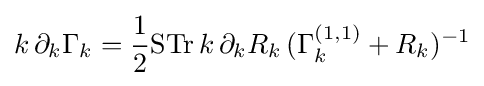
k\,\partial _{k}\Gamma _{k}={\frac {1}{2}}{\text{STr}}\,k\,\partial _{k}R_{k}\,(\Gamma _{k}^{(1,1)}+R_{k})^{-1}